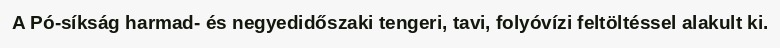
A Pó-síkság harmad- és negyedidőszaki tengeri, tavi, folyóvízi feltöltéssel alakult ki.